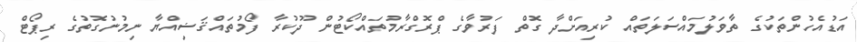
އަޑުއެހުންތަކުގެ ތާވަލުމައްސަލަތައް ކުރިއަށްދާ ގޮތް ފަރުވާގެ ޕްރޮގްރާމުތައްކޯޓުން ދޫކުރާ ފޯމުތައްޤަޟިއްޔާ ނިމުނުގޮތުގެ ރިޕޯޓް